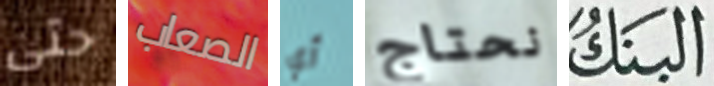
حتى الصعاب أي نحتاج البنك